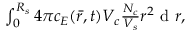
\begin{array} { r } { \int _ { 0 } ^ { R _ { s } } 4 \pi c _ { E } ( \bar { r } , t ) V _ { c } \frac { N _ { c } } { V _ { s } } r ^ { 2 } \mathrm { ~ d ~ } r , } \end{array}